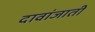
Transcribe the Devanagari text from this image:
दावांजाती